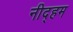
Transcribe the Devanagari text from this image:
नीद्हम